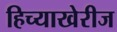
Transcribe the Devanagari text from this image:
हिच्याखेरीज